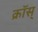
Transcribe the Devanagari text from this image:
क्रॉस्